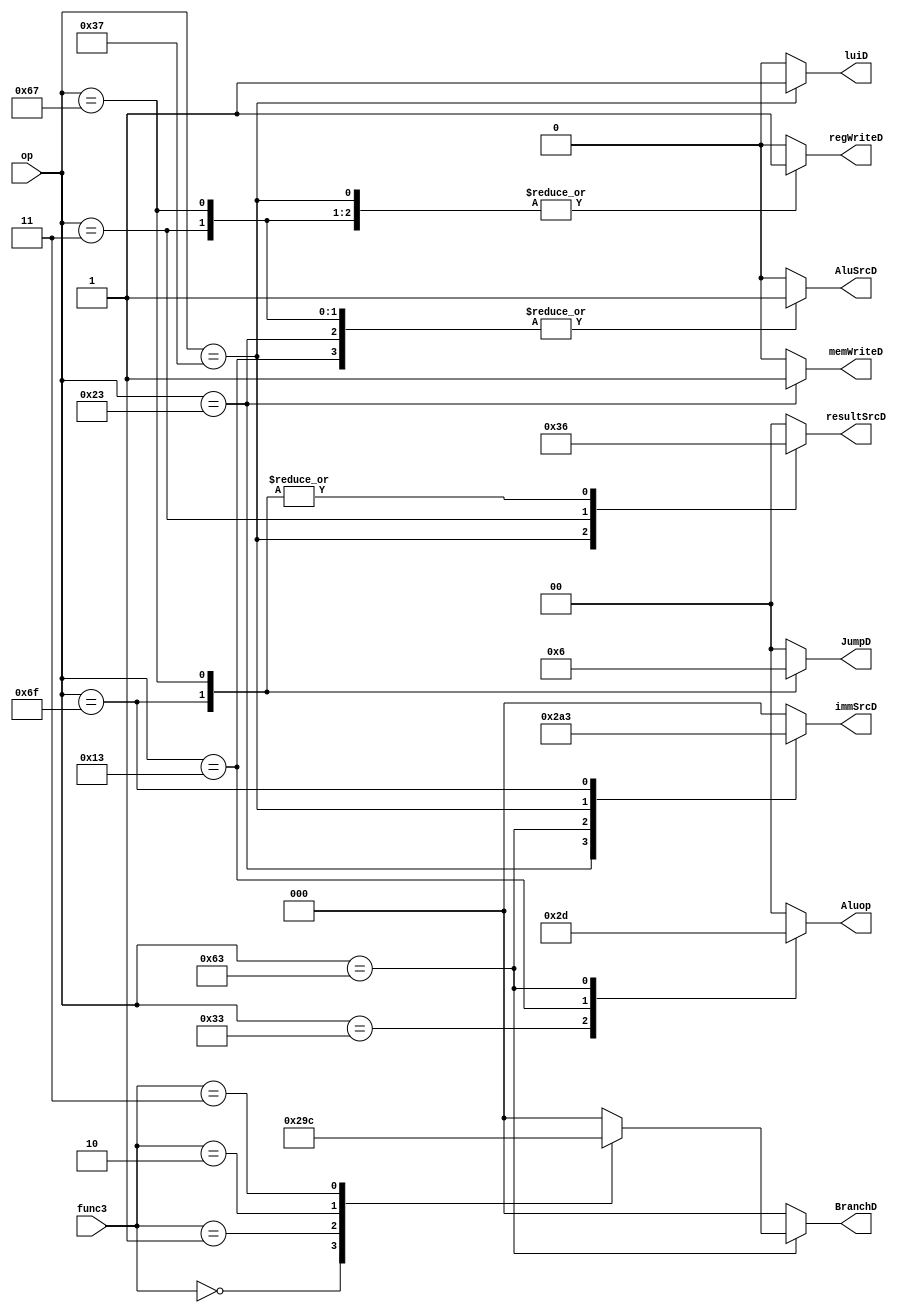
module main_controller(input [2:0] func3, input [6:0] op, output reg memWriteD, regWriteD, AluSrcD, luiD, output reg [1:0] resultSrcD, JumpD, Aluop, output reg [2:0] BranchD, immSrcD);
parameter [6:0] R_T = 7'b0110011, I_T = 7'b0010011, S_T = 7'b0100011, B_T = 7'b1100011, U_T = 7'b0110111, J_T = 7'b1101111, LW_T = 7'b0000011, JALR_T = 7'b1100111;
parameter [2:0] Beq = 3'b000, Bne = 3'b001, Blt = 3'b010, Bge = 3'b011;


   always@(func3, op)begin
      {Aluop, regWriteD, immSrcD, AluSrcD, memWriteD, 
             resultSrcD, JumpD, BranchD, luiD} <= 16'b0;
      case (op)
            R_T: begin
               Aluop      <= 2'b10;
               regWriteD  <= 1'b1;
            end
        
            I_T: begin
               Aluop      <= 2'b11;
               regWriteD  <= 1'b1;
               immSrcD    <= 3'b000;
               AluSrcD    <= 1'b1;
               resultSrcD <= 2'b00;
            end
        
            S_T: begin
               Aluop      <= 2'b00;
               memWriteD  <= 1'b1;
               immSrcD    <= 3'b001;
               AluSrcD    <= 1'b1;
            end
        
            B_T: begin
               Aluop      <= 2'b01;
               immSrcD    <= 3'b010;
                case(func3)
                    Beq : BranchD <= 3'b001;
                    Bne : BranchD <= 3'b010;
                    Blt : BranchD <= 3'b011;
                    Bge : BranchD <= 3'b100;
                    default: BranchD <= 3'b000;
                endcase
            end
        
            U_T: begin
               resultSrcD <= 2'b11;
               immSrcD    <= 3'b100;
               regWriteD  <= 1'b1;
               luiD <= 1'b1;
            end
        
            J_T: begin
               resultSrcD <= 2'b10;
                immSrcD    <= 3'b011;
                JumpD      <= 2'b01;
                regWriteD  <= 1'b1;
            end
        
            LW_T: begin
               Aluop      <= 2'b00;
                regWriteD  <= 1'b1;
                immSrcD    <= 3'b000;
                AluSrcD    <= 1'b1;
                resultSrcD <= 2'b01;
            end
        
            JALR_T: begin
              	Aluop      <= 2'b00;
                regWriteD  <= 1'b1;
                immSrcD    <= 3'b000;
                AluSrcD    <= 1'b1;
                JumpD      <= 2'b10;
                resultSrcD <= 2'b10;
            end
            default: begin
                regWriteD <= 1'b0;
                AluSrcD   <= 2'b00;
                Aluop     <= 3'b000;
            end

        endcase
    end

endmodule